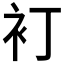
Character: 𲀤